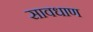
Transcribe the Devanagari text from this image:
सावधाण